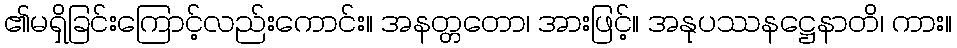
၏မရှိခြင်းကြောင့်လည်းကောင်း။ အနတ္တတော၊ အားဖြင့်။ အနုပဿနဋ္ဌေနာတိ၊ ကား။